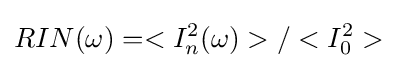
RIN(\omega )=<I_{n}^{2}(\omega )>/<I_{0}^{2}>